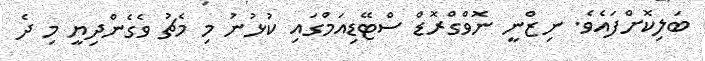
ބަލިކޮށްފައެވެ. ނިޒްނީ ނޮވްގްރޮޑް ސްޓޭޑިއަމްގައި ކުޅުނު މި މެޗު ވެގެންދިޔީ މި ދެ